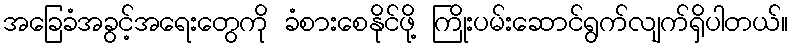
အခြေခံအခွင့်အရေးတွေကို ခံစားစေနိုင်ဖို့ ကြိုးပမ်းဆောင်ရွက်လျက်ရှိပါတယ်။